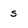
Character: s